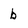
Character: b